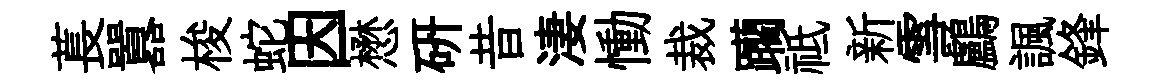
萇囂梭蛇因懋研昔淒慟裁躪祗新雪鸕諷鋒